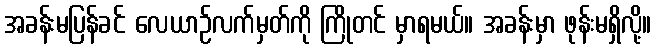
အခန်းမပြန်ခင် လေယာဉ်လက်မှတ်ကို ကြိုတင် မှာရမယ်။ အခန်းမှာ ဖုန်းမရှိလို့။